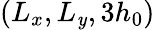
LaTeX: (L_{x},L_{\mathit{y}},3h_{0})